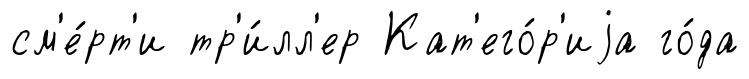
см'е́рт'и тр'и́лл'ер Кат'его́р'иjа го́да